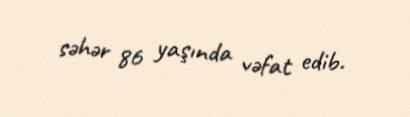
səhər 86 yaşında vəfat edib.